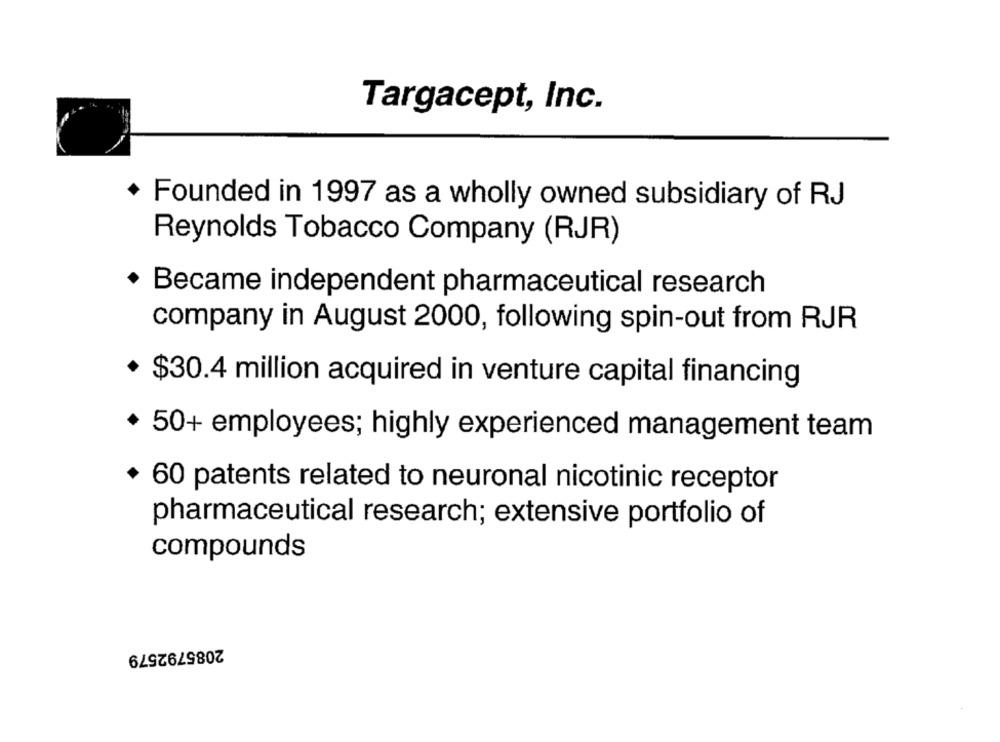
Targacept, Inc.
+ Founded in 1997 as a wholly owned subsidiary of RJ
Reynolds Tobacco Company (RJR)
Became independent pharmaceutical research
company in August 2000, following spin-out from RJR
* $30.4 million acquired in venture capital financing
.
50+ employees; highly experienced management team
+ 60 patents related to neuronal nicotinic receptor
pharmaceutical research; extensive portfolio of
compounds
2085792579